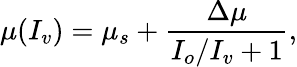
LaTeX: \mu(I_{v})=\mu_{s}+\frac{\Delta\mu}{I_{o}/I_{v}+1},